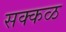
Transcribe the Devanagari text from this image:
सक्‍कळ